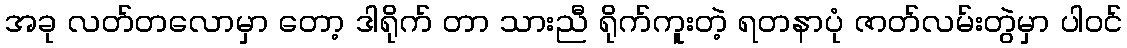
အခု လတ်တလောမှာ တော့ ဒါရိုက် တာ သားညီ ရိုက်ကူးတဲ့ ရတနာပုံ ဇာတ်လမ်းတွဲမှာ ပါဝင်